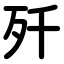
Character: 歼